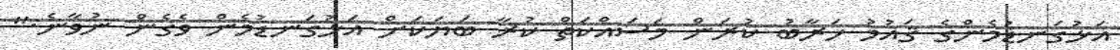
އަޅުގަނޑުމެންގެ ޤައުމު ޚަރާބު ކުރަން މަސައްކަތް ކުރާ ބަޔަކަށް އަޅުގަނޑުމެން ވެގެން ނުވާނެ."